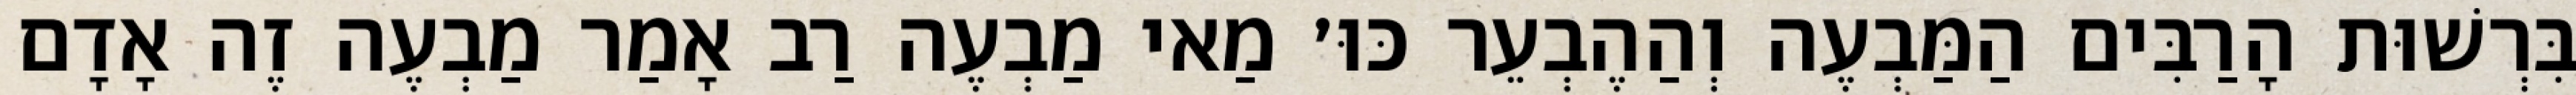
בִּרְשׁוּת הָרַבִּים הַמַּבְעֶה וְהַהֶבְעֵר כּוּ׳ מַאי מַבְעֶה רַב אָמַר מַבְעֶה זֶה אָדָם